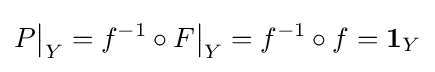
P{\big \vert }_{Y}=f^{-1}\circ F{\big \vert }_{Y}=f^{-1}\circ f=\mathbf {1} _{Y}